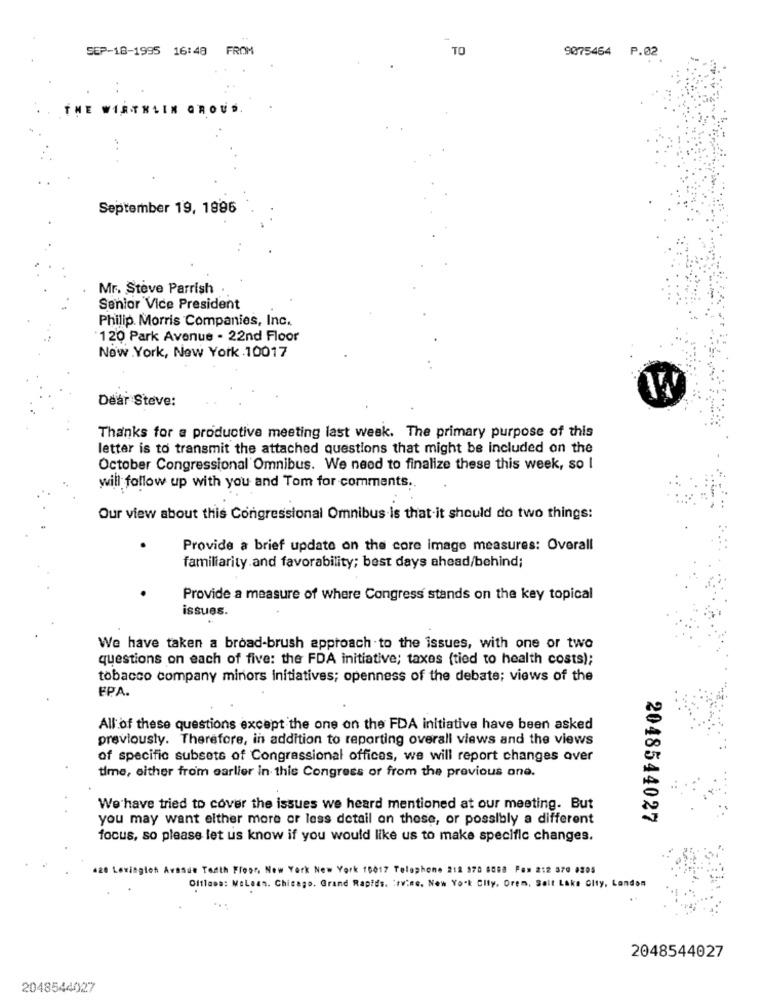
SEP-18-1995 16:48 FROM
TO
9075464 P.02
THE WIRTHLIN GROUS.
September 19, 1996
Mr. Steve Parrish .
Senior Vice President
Philip Morris Companies, Inc.
120 Park Avenue - 22nd Floor
Now .York, New York .10017
Dear Steve:
Thanks for a productive meeting last week. The primary purpose of this
letter is to transmit the attached questions that might be included on the
October Congressional Omnibus. We need to finalize these this week, so I
will follow up with you and Tom for comments ..
Our view about this Congressional Omnibus is that it should do two things:
Provide a brief update on the core image measures: Overall
familiarity and favorability; best days ahead/behind;
Provide a measure of where Congress stands on the key topical
issues.
We have taken a broad-brush approach to the issues, with one or two
questions on each of five: the FDA initiative; taxes (tied to health costs);
tobacco company minors initiatives; openness of the debate; views of the
FPA.
All of these questions except the one on the FDA initiative have been asked
previously. Therefore, in addition to reporting overall views and the views
of specific subsets of Congressional offices, we will report changes over
time, either from earlier in this Congress or from the previous one.
We have tried to cover the issues we heard mentioned at our meeting. But
you may want elther more or less detail on these, or possibly a different
2048544027
focus, so please let us know if you would like us to make specific changes.
420 Lexington Avasue Todth Floor, New York New York 10017 Telephone 212 370 8088 Pax 212 370 0395
Offlana: MaLean. Chicago. Grand Rapids. Irvine. New York City, Orem, Salt Lake City, London
2048544027
2048544027